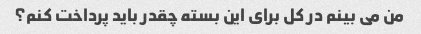
من می بینم در کل برای این بسته چقدر باید پرداخت کنم؟